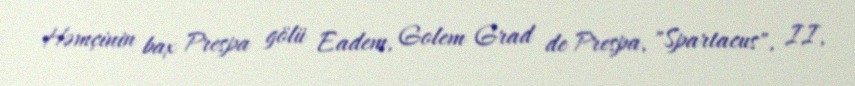
Həmçinin bax Prespa gölü Eadem, Golem Grad de Prespa, "Spartacus", II,